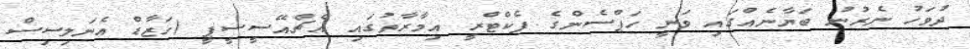
ދުވަހު ނެރުނު ބަޔާނެއްގައި ވަނީ ހަޕްސެންގެ ފެކްޓްރީ އިމާރާތުގައި އެޗްއޭސީސީޕީ (ހަޒާޑް އެނަލިސިސް